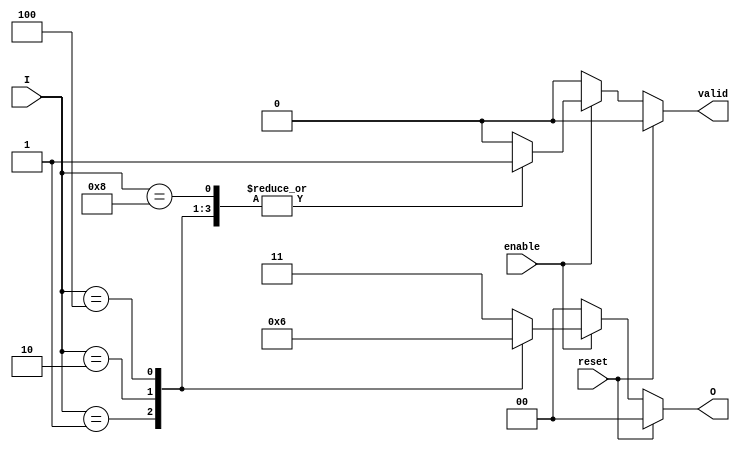
module relative_encoder (
    input wire [3:0] I,     // 4 input lines
    input wire enable,       // Enable signal
    input wire reset,        // Synchronous reset signal
    output reg [1:0] O,      // 2 output lines for binary representation
    output reg valid         // Valid signal to indicate output validity
);

    always @(*) begin
        if (reset) begin
            O = 2'b00;        // Reset output to 00
            valid = 1'b0;     // Invalid output state
        end else if (!enable) begin
            O = 2'b00;        // If not enabled, set output to default
            valid = 1'b0;     // Invalid output state
        end else begin
            // Default values
            O = 2'b00;
            valid = 1'b1;     // Assume valid until proven otherwise
            
            // Priority encoding based on the highest active input
            casez (I)
                4'b0001: O = 2'b00; // I0 active
                4'b0010: O = 2'b01; // I1 active
                4'b0100: O = 2'b10; // I2 active
                4'b1000: O = 2'b11; // I3 active
                default: begin
                    O = 2'b11;    // Invalid state when multiple inputs are active
                    valid = 1'b0; // Set valid to false in invalid state
                end
            endcase
        end
    end
endmodule